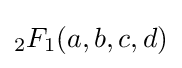
_{2}F_{1}(a,b,c,d)